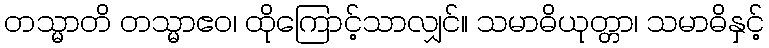
တသ္မာတိ တသ္မာဧဝ၊ ထိုကြောင့်သာလျှင်။ သမာဓိယုတ္တာ၊ သမာဓိနှင့်